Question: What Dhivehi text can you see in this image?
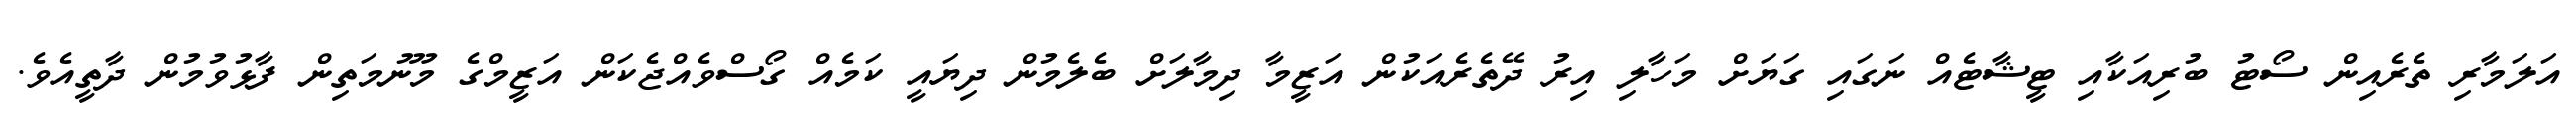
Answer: އަލަމާރި ތެރެއިން ސޯޓު ބުރިއަކާއި ޓީޝާޓެއް ނަގައި ގަޔަށް މަހާލި އިރު ދޭތެރެއަކުން އަޒީމާ ދިމާލަށް ބެލެމުން ދިޔައީ ކަމެއް ގޯސްވެއްޖެކަން އަޒީމްގެ މޫނުމަތިން ފާޅުވުމުން ދާތީއެވެ.